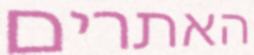
האתרים